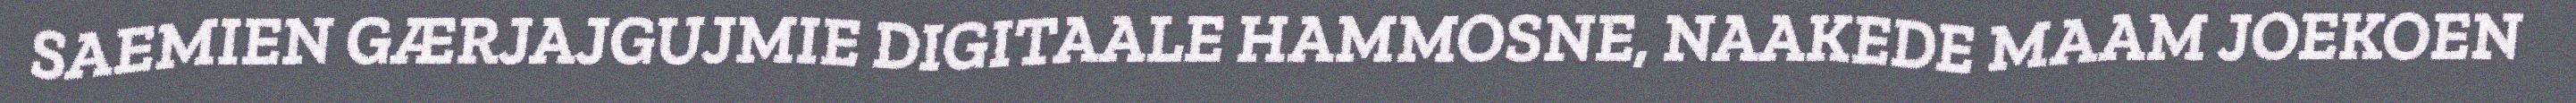
SAEMIEN GÆRJAJGUJMIE DIGITAALE HAMMOSNE, NAAKEDE MAAM JOEKOEN